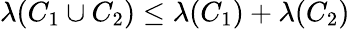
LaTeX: \lambda(C_{1}\cup C_{2})\leq\lambda(C_{1})+\lambda(C_{2})